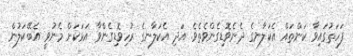
ފަހަތުގައިވާ ކަންތައް އެކަލާނގެ ދެނެވޮޑިގެންވެތެވެ. އަދި އެކަލާނގެ ރުހިވޮޑިގެންވާ އަޅަކަށް މެނުވީ އެބޭކަލުން